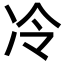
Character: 冷